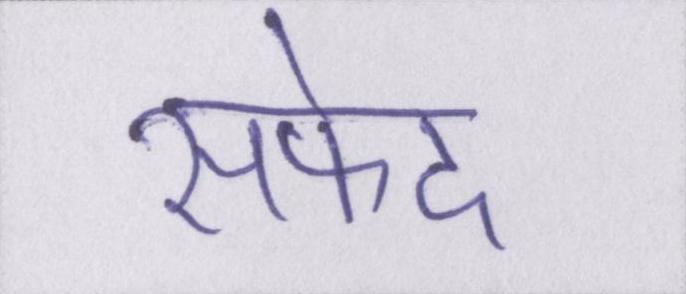
सफेद